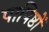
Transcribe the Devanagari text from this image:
पापिष्ठों